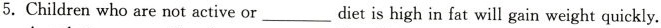
5.Children who are not active or ___ diet is high in fat will gain weight quickly.